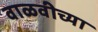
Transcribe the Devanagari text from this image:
वाळवीच्या